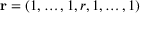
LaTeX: \mathbf { r } = \left( 1 , \ldots , 1 , r , 1 , \ldots , 1 \right)